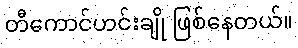
တီကောင်ဟင်းချို ဖြစ်နေတယ်။